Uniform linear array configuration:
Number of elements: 16
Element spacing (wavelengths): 0.5
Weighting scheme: blackman
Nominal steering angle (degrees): -45
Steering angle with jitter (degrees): -45.586
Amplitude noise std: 0.05
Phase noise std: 0.05

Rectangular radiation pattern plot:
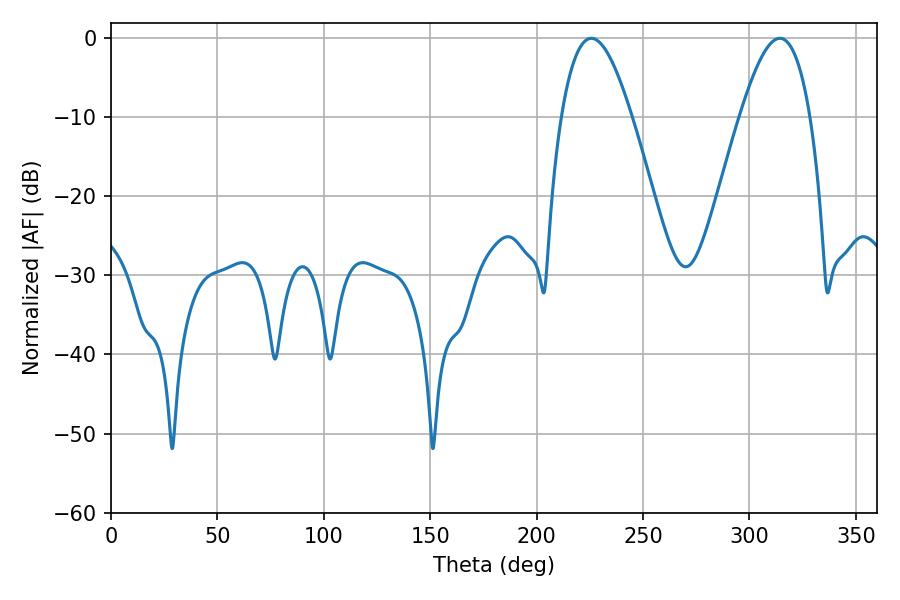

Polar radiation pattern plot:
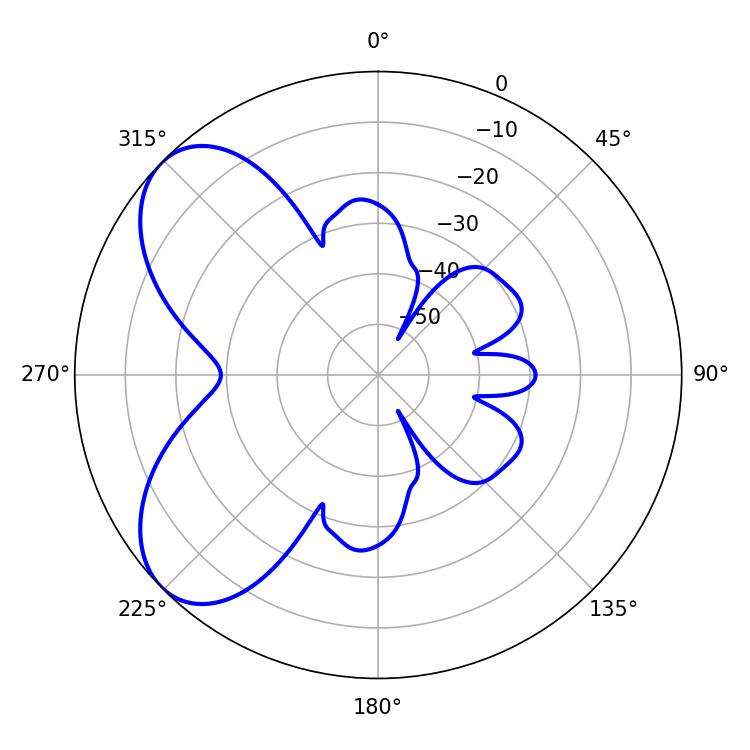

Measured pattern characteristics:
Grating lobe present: FALSE
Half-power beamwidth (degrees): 18
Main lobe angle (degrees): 225.72